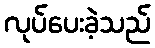
လုပ်ပေးခဲ့သည်